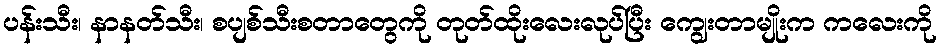
ပန်းသီး၊ နာနတ်သီး၊ စပျစ်သီးစတာတွေကို တုတ်ထိုးလေးလုပ်ပြီး ကျွေးတာမျိုးက ကလေးကို